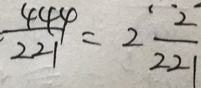
\frac { 4 4 4 } { 2 2 1 } = 2 \frac { 2 } { 2 2 1 }